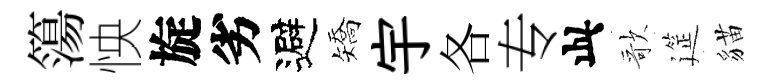
簜怏旋劣避矯宇各专此歌筵貓